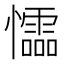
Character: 𰒡